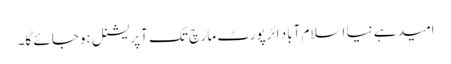
امید ہے نیا اسلام آباد ائرپورٹ مارچ تک آپریشنل ہوجائے گا۔